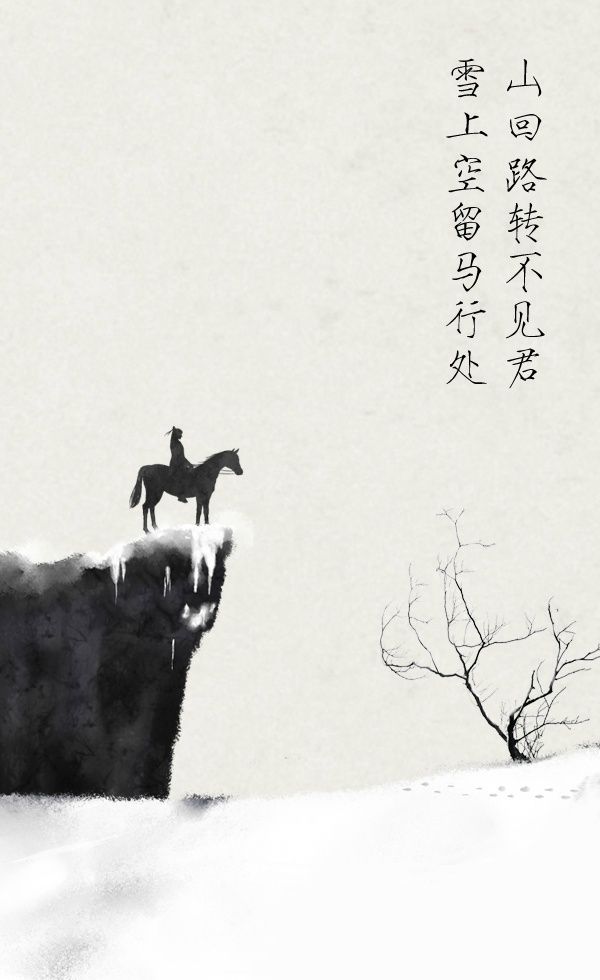
山回路转不见君，雪上空留马行处。